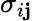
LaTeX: \sigma_{i\mathbf{j}}